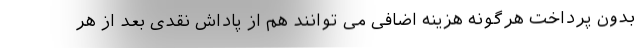
بدون پرداخت هرگونه هزینه اضافی می توانند هم از پاداش نقدی بعد از هر